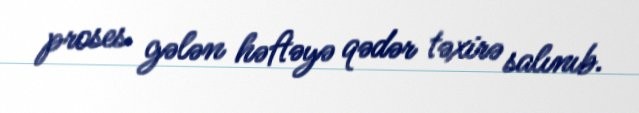
proses gələn həftəyə qədər təxirə salınıb.